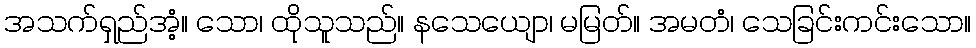
အသက်ရှည်အံ့။ သော၊ ထိုသူသည်။ နသေယျော၊ မမြတ်။ အမတံ၊ သေခြင်းကင်းသော။